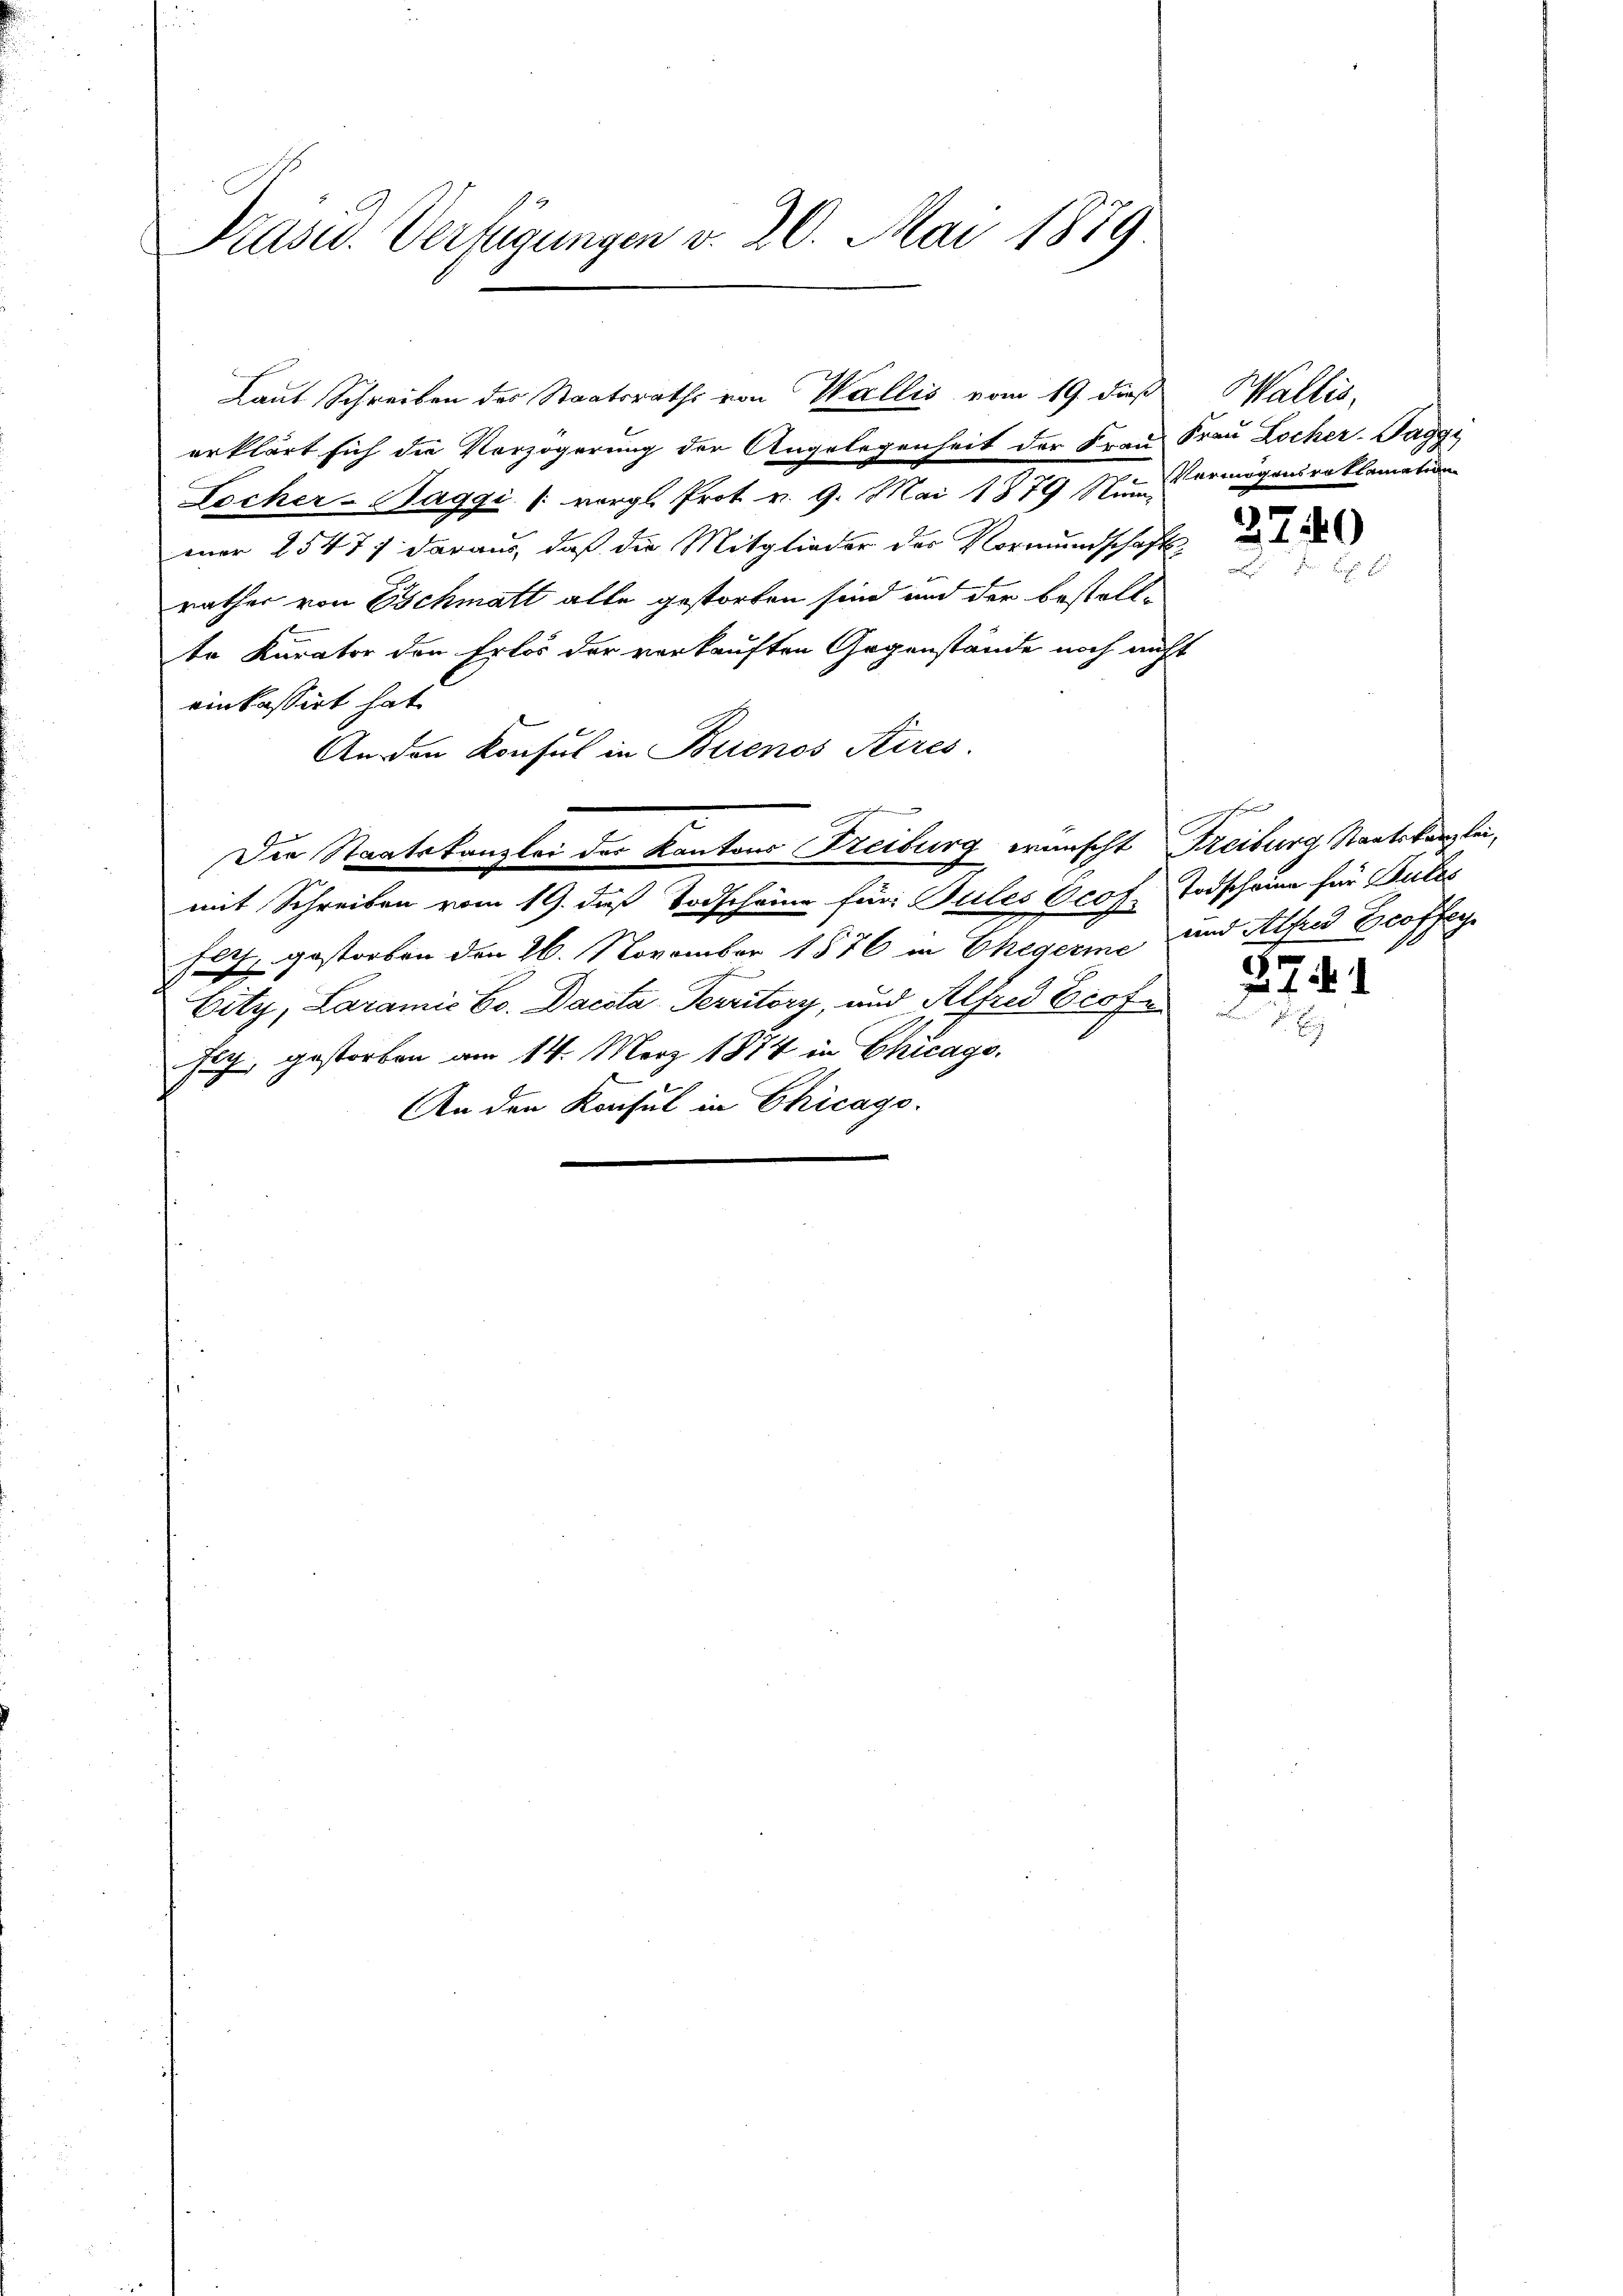
Präsid. Verfügungen v. 20. Mai 1879

erklärt sich die Verzögerung der Angelegenheit der Frau Frau Locher-Tagge
Lecher-Baggi (: vergl. Prot. v. 9. Mai 1879 Spann ermögensroklamation
mar 25477 daraus, daß die Mitglieder des Vormundschafts-
rathes von Eschmatt alle gestorben sind und der bestell-
te Kurator den Erlös der verkauften Gegenstände noch nicht
einkassirt hat
An den Konsul in Buenos Aires.
Die Staatskanzlei der Kantons Freiburg wünscht Freiburg Staatskanzlei-
mit Schreiben vom 19. daß Todscheine für Pules Ocof Todscheine für Gutes
fach, gestorben den 26. November 1876 in Ehegerme und Alfred Ecoffey
Eity, Laramis Co. Dacsta Territory, und Alfred Profe
hig, gestorben am 14. März 1874 in Chicago
An den Konsul in Chicago.

Laut Schreiben des Staatsraths von Wallis vom 19. dieß Wallis,

3740

h

3. 7. d. 1